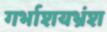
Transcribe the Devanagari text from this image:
गर्भाशयभ्रंश